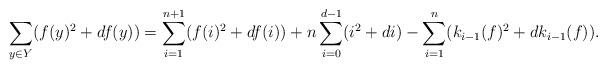
LaTeX: \begin{align*} \sum_{y\in Y}(f(y)^2+df(y)) = \sum_{i=1}^{n+1}(f(i)^2+df(i)) + n \sum_{i=0}^{d-1}(i^2+di) - \sum_{i=1}^{n}(k_{i-1}(f)^2+dk_{i-1}(f)). \end{align*}